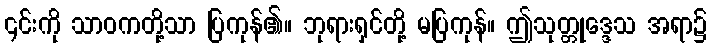
၎င်းကို သာဝကတို့သာ ပြကုန်၏။ ဘုရားရှင်တို့ မပြကုန်။ ဤသုတ္တုဒ္ဒေသ အရာ၌